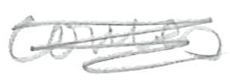
Text: comes
Cross-out: scratch
Writing tool: pencil